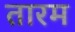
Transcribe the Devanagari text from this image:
तारम